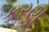
કરણૢ